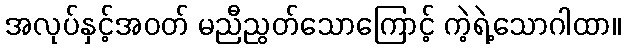
အလုပ်နှင့်အဝတ် မညီညွတ်သောကြောင့် ကဲ့ရဲ့သောဂါထာ။